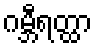
ဂမ္ဘီရတ္ထာ